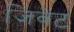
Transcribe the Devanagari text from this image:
जिवेट